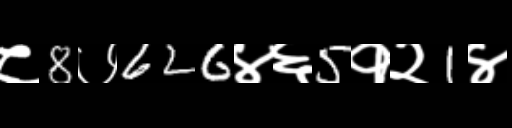
Text: ८8७626४६5१२1४